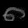
Digit: ၈